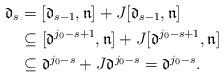
LaTeX: \begin{align*} \mathfrak{d}_s & = [\mathfrak{d}_{s-1},\mathfrak{n}] + J[\mathfrak{d}_{s-1},\mathfrak{n}] \\ & \subseteq [\mathfrak{d}^{j_0 -s + 1},\mathfrak{n}] + J [\mathfrak{d}^{j_0 -s + 1},\mathfrak{n}] \\ & \subseteq \mathfrak{d}^{j_0-s} + J\mathfrak{d}^{j_0-s} = \mathfrak{d}^{j_0-s}.\end{align*}